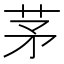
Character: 茅